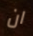
ان